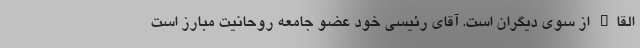
القاء از سوی دیگران است. آقای رئیسی خود عضو جامعه روحانیت مبارز است